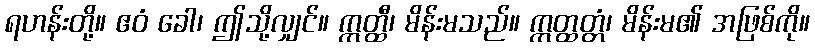
ရဟန်းတို့။ ဧဝံ ခေါ၊ ဤသို့လျှင်။ ဣတ္ထီ၊ မိန်းမသည်။ ဣတ္ထတ္တံ၊ မိန်းမ၏ အဖြစ်ကို။